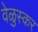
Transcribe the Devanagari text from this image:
वेळुस्कर